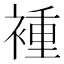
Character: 褈